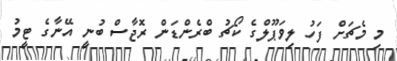
މި މެޗަށް ފަހު ލިވަޕޫލްގެ ކޯޗު ބްރެންޑަން ރޮޖާސް ބުނީ އޭނާގެ ޓީމު